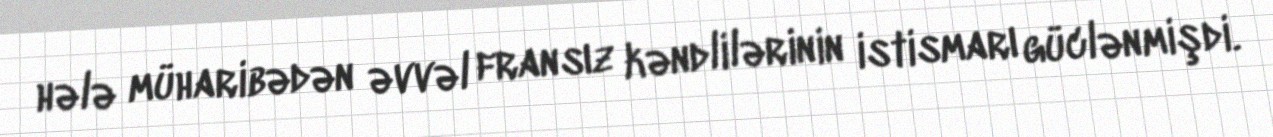
hələ müharibədən əvvəl fransız kəndlilərinin istismarı güclənmişdi.